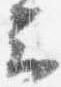
上